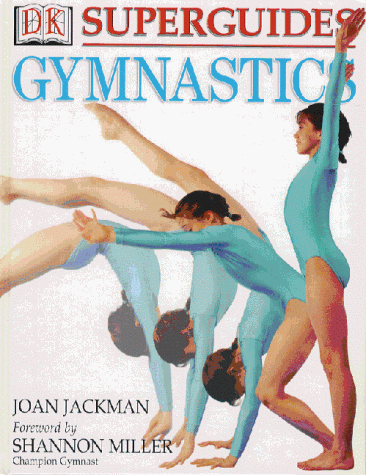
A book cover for Gymnastics (DK Superguide); Joan Jackman; Children's Books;